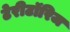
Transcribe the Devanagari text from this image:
टेरीटॉरिज